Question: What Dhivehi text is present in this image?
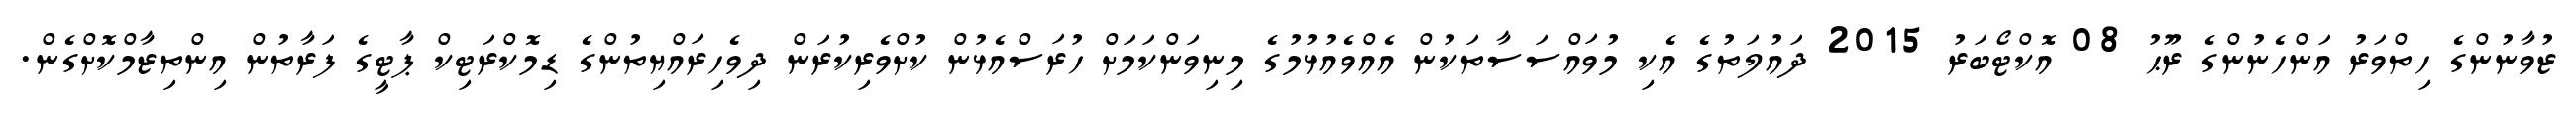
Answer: ޒުވާނުންގެ ހިތްވަރު އަންހެނުންގެ ރޫޙު 08 އޮކްޓޯބަރު 2015 ދައުލަތުގެ އެކި މުވައްސަސާތަކުން އެއްވެއުޅުމުގެ މިނިވަންކަމަށް ހުރަސްއެޅުން ކުށްވެރިކުރަން ދިވެހިރައްޔިތުންގެ ޑިމޮކްރަޓިކް ޕާޓީގެ ފަރާތުން އިންތިޒާމްކޮށްގެން.